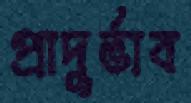
প্রাদুর্ভাব